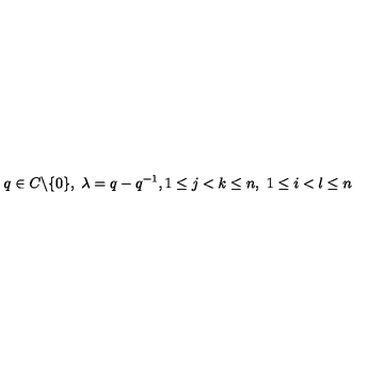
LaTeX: q \in C \backslash \{ 0 \} , \ \lambda = q - q ^ { - 1 } , 1 \leq j < k \leq n , \ 1 \leq i < l \leq n